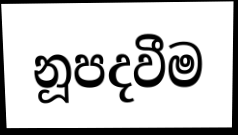
නූපදවීම